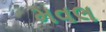
મવલ